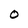
Character: O